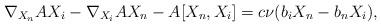
LaTeX: \begin{align*} \nabla_{X_{n}}AX_{i}- \nabla_{X_{i}}AX_{n}-A[X_{n},X_{i}]=c\nu (b_{i}X_{n}-b_{n}X_{i}),\end{align*}